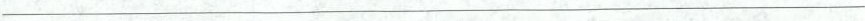
___